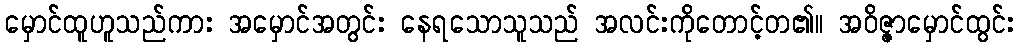
မှောင်ထူဟူသည်ကား အမှောင်အတွင်း နေရသောသူသည် အလင်းကိုတောင့်တ၏။ အဝိဇ္ဇာမှောင်ထွင်း